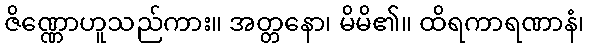
ဇိဏ္ဏောဟူသည်ကား။ အတ္တနော၊ မိမိ၏။ ထိရကာရဏာနံ၊